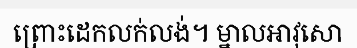
ព្រោះដេកលក់លង់។ ម្នាលអាវុសោ